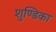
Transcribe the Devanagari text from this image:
शुण्डिका